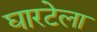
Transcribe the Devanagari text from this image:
घारटेला